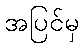
အပြင်မှ